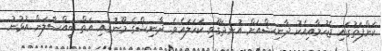
ކަންފަތުގައި ޖެހުމާއިއެކު ދާނިޝްއަށް އުނދަގޫވި ކަހަލައެވެ. ދާނިޝްގެ މޫނުގައި އަތް ބީއްސާލަަން އުޅުނު